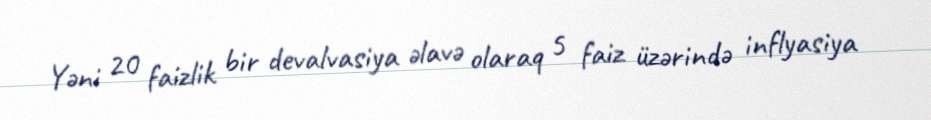
Yəni 20 faizlik bir devalvasiya əlavə olaraq 5 faiz üzərində inflyasiya